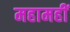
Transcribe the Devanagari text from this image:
महामहीं